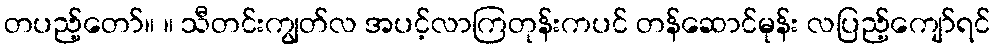
တပည့်တော်။ ။ သီတင်းကျွတ်လ အပင့်လာကြတုန်းကပင် တန်ဆောင်မုန်း လပြည့်ကျော်ရင်